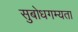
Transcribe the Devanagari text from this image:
सुबोधगम्यता